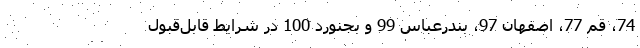
74، قم 77، اصفهان 97، بندرعباس 99 و بجنورد 100 در شرایط قابل‌قبول